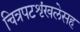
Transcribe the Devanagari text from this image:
चित्रपटशृंखलेसह